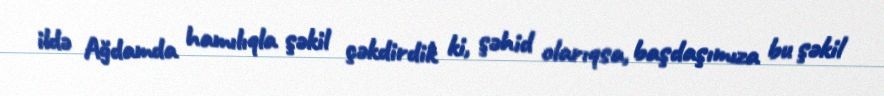
ildə Ağdamda hamılıqla şəkil çəkdirdik ki, şəhid olarıqsa, başdaşımıza bu şəkil